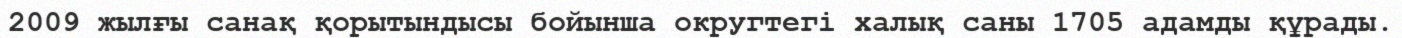
2009 жылғы санақ қорытындысы бойынша округтегі халық саны 1705 адамды құрады.